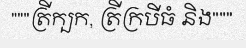
"""ត្រីក្បក, ត្រីក្របីធំ និង"""